Leaving Certificate Examination, 1905
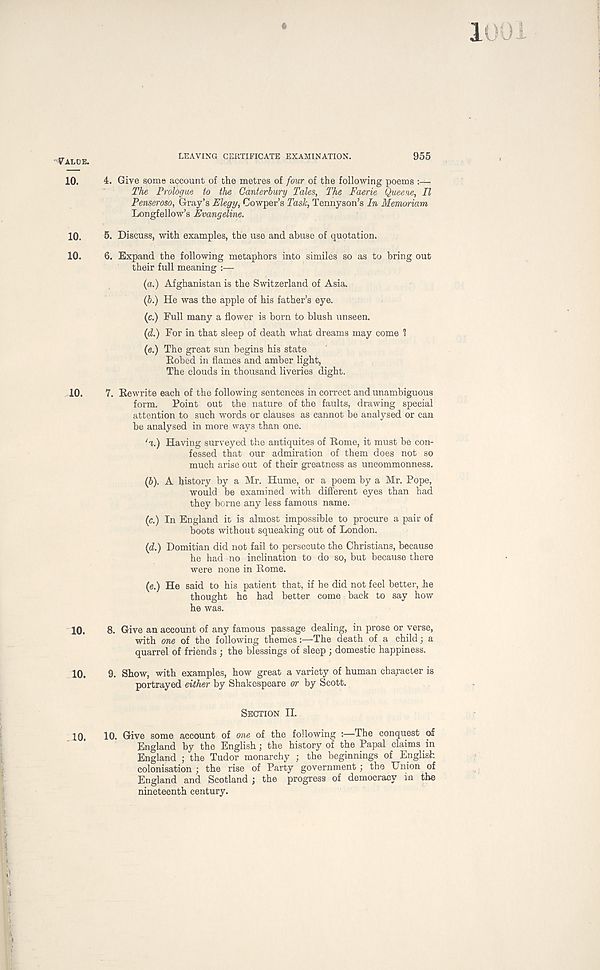
1
r ALDE
LEAVING CERTIFICATE EXAMINATION.
955
10.
4. Give some account of the metres of four of the following poems
The Prologue to the Canterbury Tales, The Faerie Queene, II
Penseroso, Gray’s Elegy, Cowper’s Task, Tennyson’s In Memoriam
Longfellow’s Evangeline.
10.
5. Discuss, with examples, the use and abuse of quotation,
10.
6. Expand the following metaphors into similes so as to bring out
their full meaning :—
(a.) Afghanistan is the Switzerland of Asia.
(6.) He was the apple of his father’s eye.
(c.) Full many a flower is born to blush unseen.
(d.) For in that sleep of death what dreams may come 1
(e.) The great sun begins his state
Eobed in flames and amber light,
The clouds in thousand liveries dight.
10.
7. Eewrite each of the following sentences in correct and unambiguous
form.
Point out the nature of the faults, drawing special
attention to such words or clauses as cannot be analysed or can
be analysed in more ways than one.
'a.) Having surveyed the antiquites of Rome, it must be con-
fessed that our admiration of them does not so
much arise out of their greatness as uncommonness.
(6). A history by a Mr. Hume, or a poem by a Mr. Pope,
would be examined with different eyes than had
they borne any less famous name.
(c.) In England it is almost impossible to procure a pair of
boots without squeaking out of London.
(d.) Domitian did not fail to persecute the Christians, because
he had no inclination to do so, but because there
were none in Rome.
(e.) He said to his patient that, if he did not feel better, he
thought he had better come back to say how
he was.
10.
8. Give an account of any famous passage dealing, in prose or verse,
with one of the following themes:—The death of a child; a
quarrel of friends ; the blessings of sleep ; domestic happiness.
10.
9. Show, with examples, how great a variety of human character is
portrayed either by Shakespeare or by Scott.
SECTION II.
10.
10. Give some account of one of the following :—The conquest of
England by the English; the history of the Papal claims in
England ; the Tudor monarchy ; the beginnings of English
colonisation ; the rise of Party government; the Union of
England and Scotland ; the progress of democracy in the
nineteenth century.